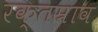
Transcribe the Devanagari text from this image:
रक्‍तस्राव